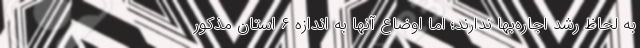
به لحاظ رشد اجاره‌بها ندارند؛ اما اوضاع آنها به اندازه ۶ استان مذکور